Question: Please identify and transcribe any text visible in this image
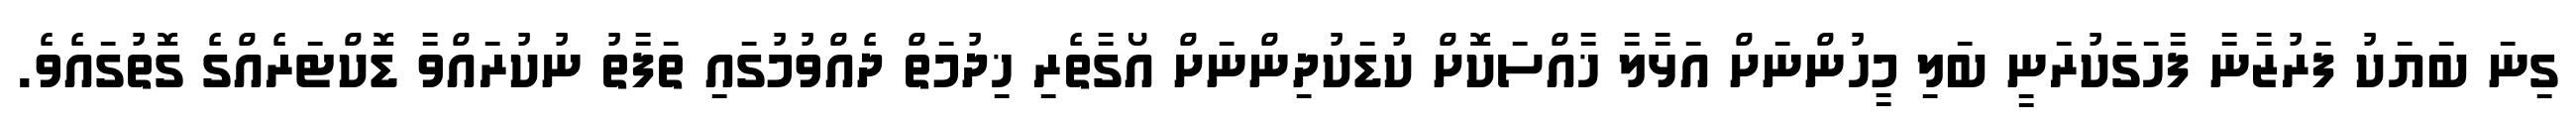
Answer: ގިނަ ބަޔަކު ފަރުޒާނާ ފާހަގަކުރަނީ ބަލި މީހުންނަށް އަޅާލާ ޚާއްސަކޮށް ކުޑަކުދިންނަށް އޯގާތެރި ޚިދުމަތް ދެއްވުމުގައި ތަފާތު ނުކުރައްވާ ޑޮކްޓަރެއްގެ ގޮތުގައެވެ.